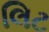
લિટ